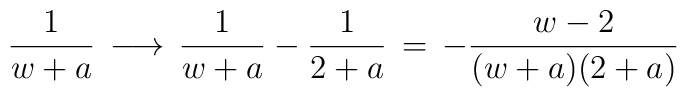
{1\over w+a}\,\longrightarrow\,{1\over w+a}-{1\over 2+a}\,=\,-{w-2\over(w+a)(2+a)}